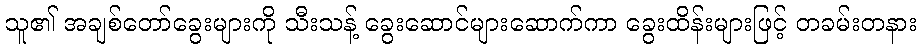
သူ၏ အချစ်တော်ခွေးများကို သီးသန့် ခွေးဆောင်များဆောက်ကာ ခွေးထိန်းများဖြင့် တခမ်းတနား